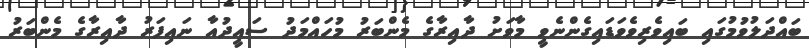
ބައްދަލުވުމުގައި ބައިވެރިވެވަޑައިގެންނެވީ މާވަށު ދާއިރާގެ މެންބަރު މުހައްމަދު ސައީދުއާ ނައިފަރު ދާއިރާގެ މެންބަރު